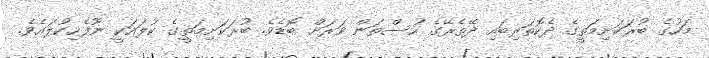
މަހުގެ ބުރަކަށިމަތީގެ ދެކޮތަރިބައި ދޭތެރޭގެ ހުސްތަން ވަރަށް ބޮޑެވެ. ބުރަކަށިމަތީގެ ކުލައަކީ ނޫފެހިކުލައެވެ.